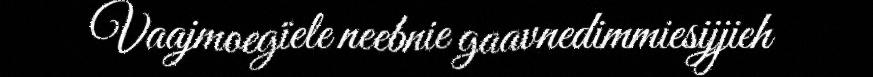
Vaajmoegïele neebnie gaavnedimmiesijjieh